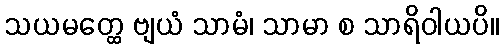
သယမတ္ထေ ဗျယံ သာမံ၊ သာမာ စ သာရိဝါယပိ။